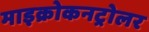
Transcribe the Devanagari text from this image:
माइक्रोकनट्रोलर